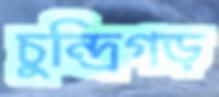
চুন্দ্রিগড়